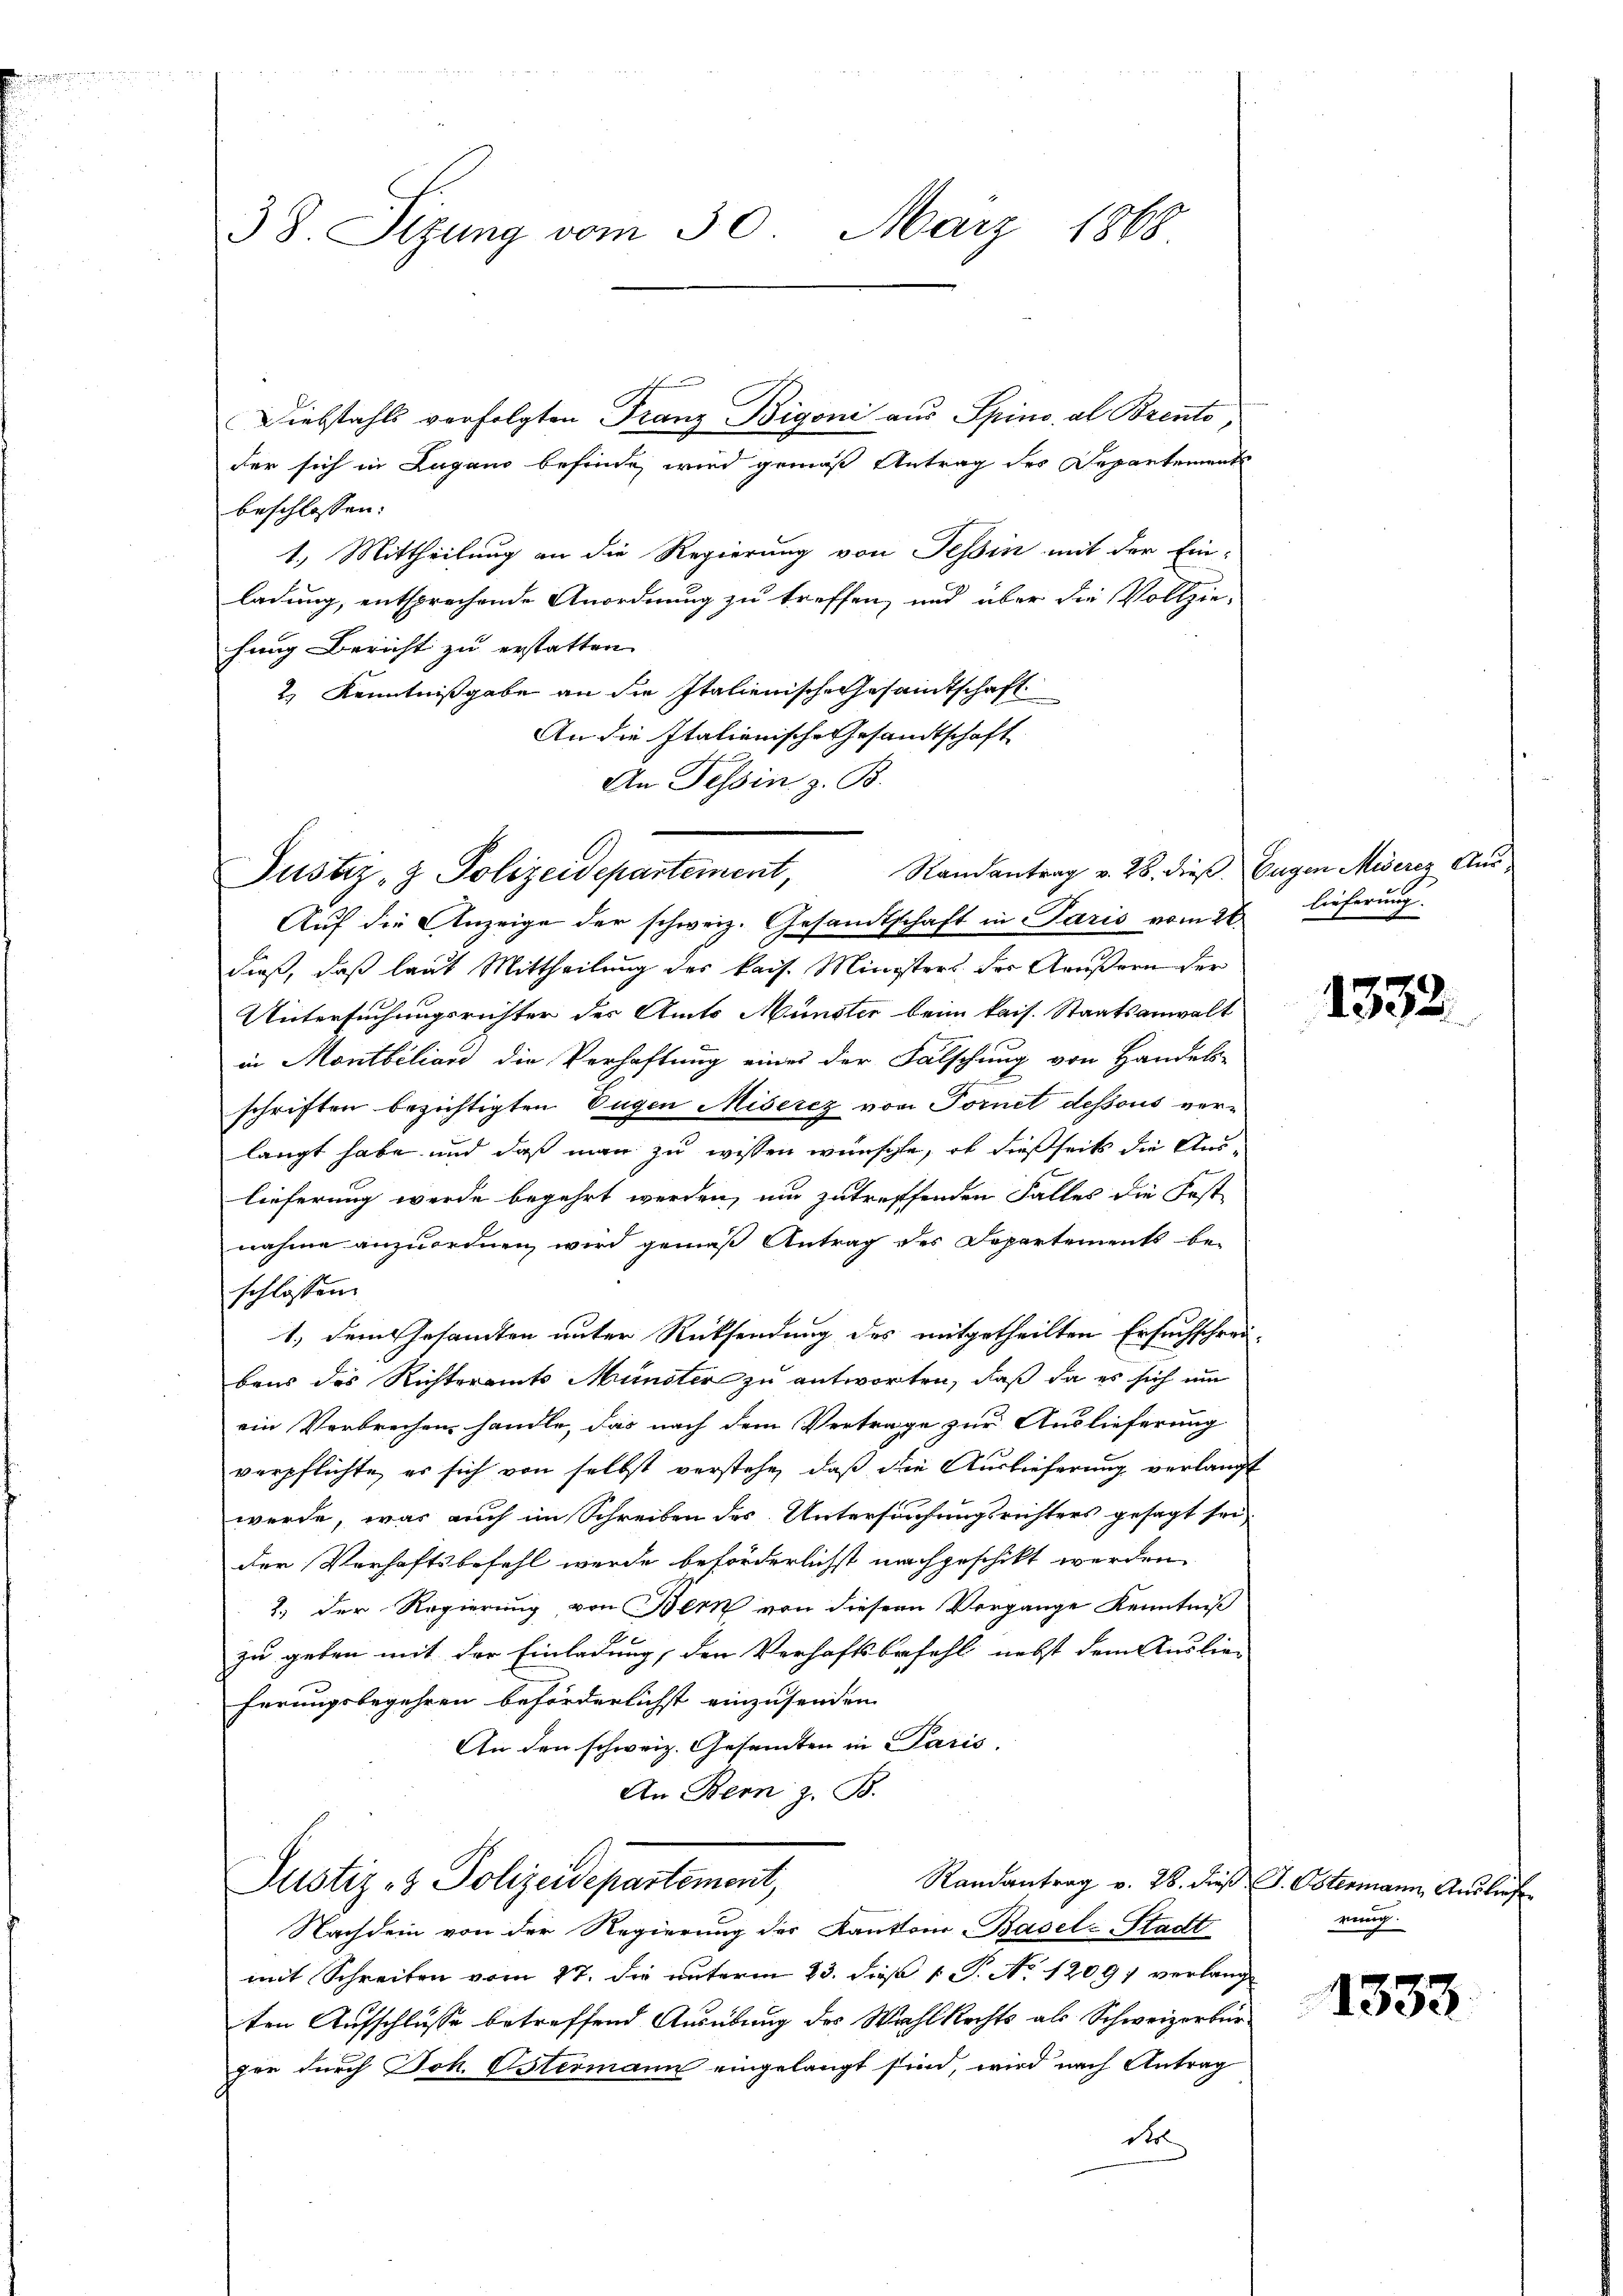
1860
38. Sizung vom 30. März

Diebstahls verfolgten Franz Bigoni aus Spino al Brento,

Justiz- & Polizeidepartement, Randantrag v. 28. dieß. Eugen Misere Aus¬

der sich in Zugano befinde, wird gemäß Antrag des Departements
beschlossen:
1.) Mittheilung an die Regierung von Tessin mit der Ein-
ladung, entsprechende Anordnung zu treffen, und über die Vollzie-
hung Bericht zu erstatten
2, Kenntnißgabe an die Italienische Gesandtschaft
An die Italienische Gesandtschaft
An Tessin z. B.
Auf die Anzeige der schweiz. Gesandtschaft in Paris vom 26 lieferung.
dieß, daß laut Mittheilung des kais. Ministers der Gaußern der
Untersuchungsrichter der Amts Münster beim kais. Staatsanwalt
in Montbiliard die Verhaftung eines der Falschung von Handels-
schriften bezichtigten Eugen Miserez von Fornet dessous verlangt habe und daß man zu wissen wünschte, ob dießseits die Aus-
lieferung werde begehrt werden, um zutreffenden Falles die Fost-
nahme anzuordnen, wird gemäß Antrag des Departements be-
schlossen:
1., dem Gesandten unter Rücksendung des mitgetheilten Ersuchschreibens des Richteramts Münster zu antworten, daß da es sich um
ein Verbrechen handle, das nach dem Vertrage zur Auslieferung
verpflichte, er sich von selbst verstehe, daß die Auslieferung verlangt
werde, was auch im Schreiben des Untersuchungsrichters gesagt sei,
der Verhaftsbefehl werde beförderlichst nachgeschikt werden
2.) Der Regierung, von Bern von diesem Vorgange Kenntniß
zu geben mit der Einladung, den Verhaftsbefehl nebst dem Auslieherungsbegehren beförderlichst einzusenden.
An den schweiz. Gesandten in Paris,
An Bern z. B.
Justiz- & Polizeidepartement,
Randantrag v. 28. dieß J. Ostermann, Ausliefe
Nachdem von der Regierung der Kanton Basel-Stadt
mit Schreiben vom 27. die unterm 23. dieß 1 S. No. 1209 verlang
ten Aufschlüsse betreffend Ausübung des Wahl Rechts als Schweizerbürfür durch Joh. Ostermann eingelangt sind, wird nach Antrag
der

1332

wenig

1333